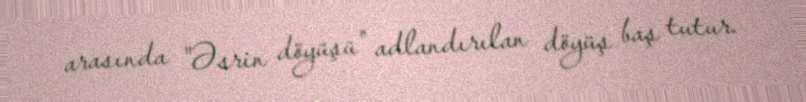
arasında "Əsrin döyüşü" adlandırılan döyüş baş tutur.